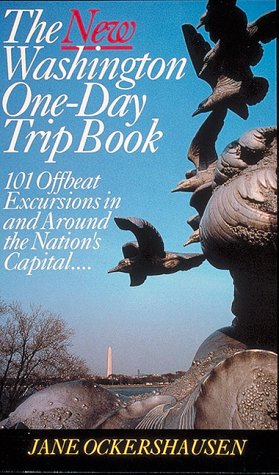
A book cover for The New Washington One-Day Trip Book: 101 Offbeat Excursions in and Around the Nation's Capital--; Jane Ockershausen; Travel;